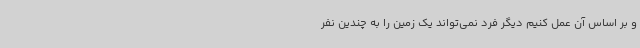
و بر اساس آن عمل کنیم دیگر فرد نمی‌تواند یک زمین را به چندین نفر